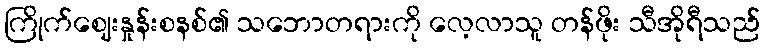
ကြိုက်ဈေးနှုန်းစနစ်၏ သဘောတရားကို လေ့လာသူ တန်ဖိုး သီအိုရီသည်